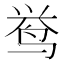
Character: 𱉰